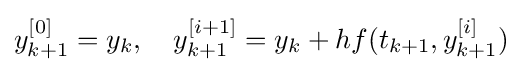
y_{k+1}^{[0]}=y_{k},\quad y_{k+1}^{[i+1]}=y_{k}+hf(t_{k+1},y_{k+1}^{[i]})